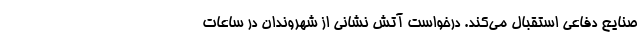
صنایع دفاعی استقبال می‌کند. درخواست آتش نشانی از شهروندان در ساعات